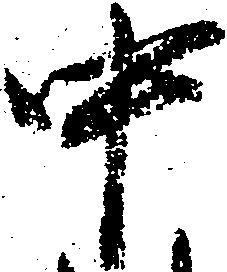
中